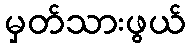
မှတ်သားဖွယ်